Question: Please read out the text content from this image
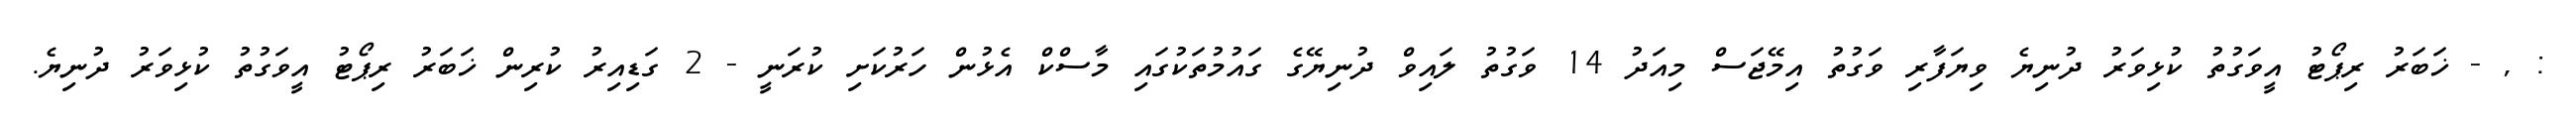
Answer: : , - ޚަބަރު ރިޕޯޓު އީވަގުތު ކުޅިވަރު ދުނިޔެ ވިޔަފާރި ވަގުތު އިމޭޖަސް މިއަދު 14 ވަގުތު ލައިވް ދުނިޔޭގެ ގައުމުތަކުގައި މާސްކް އެޅުން ހަރުކަށި ކުރަނީ - 2 ގަޑިއިރު ކުރިން ޚަބަރު ރިޕޯޓު އީވަގުތު ކުޅިވަރު ދުނިޔެ.